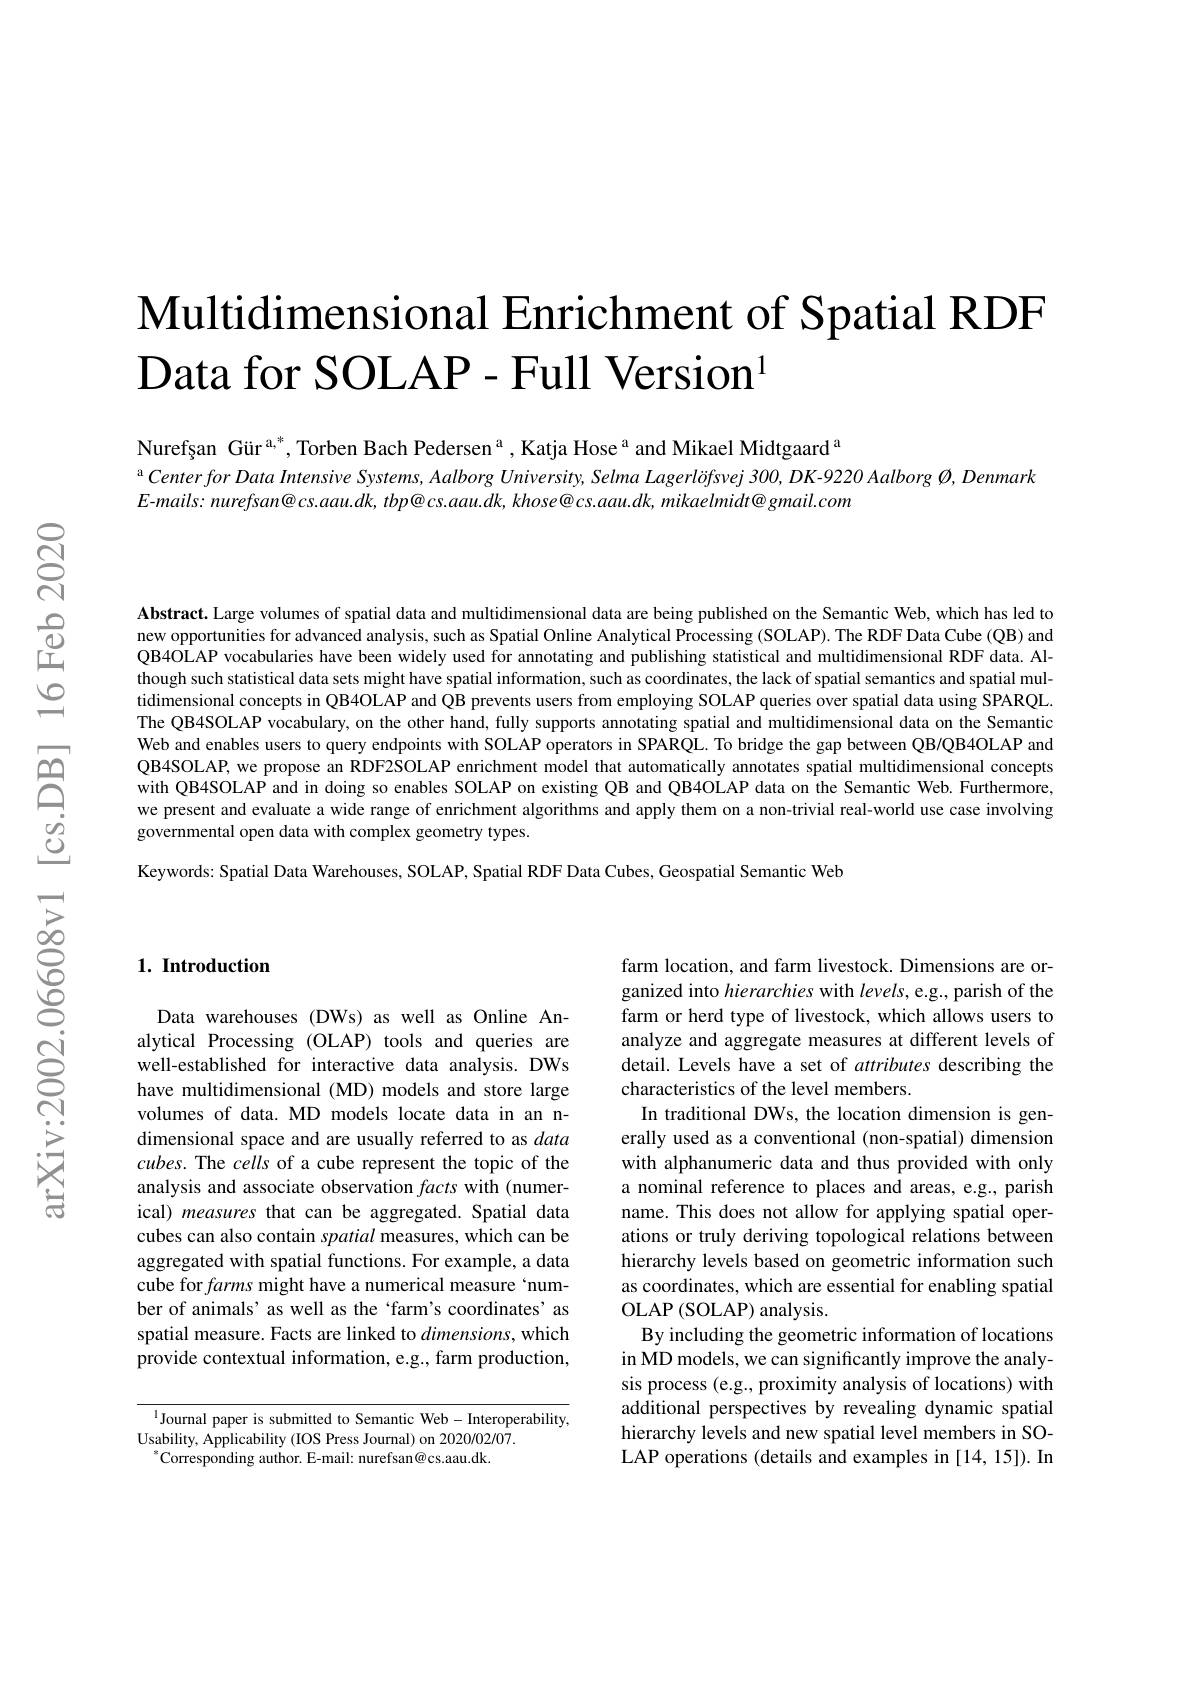
# $\textbf{Multidimensional Enrichment of Spatial RDF}$ $\texttt{Data for SOLAP - Full Version}^{1}$

Nurefșan Gür$^{\mathrm{a,*}}$,Torben Bach Pedersen$^{\mathrm{a}}$, Katja Hose$^{\mathrm{a}}$ and Mikael Midtgaard$^{\mathrm{a}}$
a Center for Data Intensive Systems, Aalborg University, Selma Lagerlöfsvej 300, DK-9220 Aalborg Ø, Denmark
$E$-mails: nurefsan@cs.aau.dk, tbp@cs.aau.dk, khose@cs.aau.dk, mikaelmidt@gmail.com

Abstract. Large volumes of spatial data and multidimensional data are being published on the Semantic Web, which has led to new opportunities for advanced analysis, such as Spatial Online Analytical Processing (SOLAP). The RDF Data Cube (QB) and QB4OLAP vocabularies have been widely used for annotating and publishing statistical and multidimensional RDF data. Although such statistical data sets might have spatial information, such as coordinates, the lack of spatial semantics and spatial multidimensional concepts in QB4OLAP and QB prevents users from employing SOLAP queries over spatial data using SPARQL The QB4SOLAP vocabulary, on the other hand, fully supports annotating spatial and multidimensional data on the Semantic Web and enables users to query endpoints with SOLAP operators in SPARQL. To bridge the gap between QB/QB4OLAP and QB4SOLAP, we propose an RDF2SOLAP enrichment model that automatically annotates spatial multidimensional concepts with QB4SOLAP and in doing so enables SOLAP on existing QB and QB4OLAP data on the Semantic Web. Furthermore we present and evaluate a wide range of enrichment algorithms and apply them on a non-trivial real-world use case involving governmental open data with complex geometry types.
Keywords: Spatial Data Warehouses, SOLAP, Spatial RDF Data Cubes, Geospatial Semantic Web

### 1. Introduction

Data warehouses (DWs) as well as Online Analytical Processing (OLAP) tools and queries are well-established for interactive data analysis. DWs have multidimensional (MD) models and store large volumes of data. MD models locate data in an ndimensional space and are usually referred to as data cubes. The cells of a cube represent the topic of the analysis and associate observation facts with (numerical) measures that can be aggregated. Spatial data cubes can also contain spatial measures, which can be aggregated with spatial functions. For example, a data cube for farms might have a numerical measure `number of animals' as well as the‘farm's coordinates’as spatial measure. Facts are linked to $dimensions$, which provide contextual information, e.g., farm production,

$^{1}$Journal paper is submitted to Semantic Web-Interoperability,
Usability, Applicability (IOS Press Journal) on 2020/02/07.
$^{*}$Corresponding author. E-mail: nurefsan@cs.aau.dk.

farm location, and farm livestock. Dimensions are organized into hierarchies with levels, e.g., parish of the farm or herd type of livestock, which allows users to analyze and aggregate measures at different levels of detail. Levels have a set of attributes describing the characteristics of the level members.
In traditional DWs, the location dimension is generally used as a conventional (non-spatial) dimension with alphanumeric data and thus provided with only a nominal reference to places and areas, e.g., parish name. This does not allow for applying spatial operations or truly deriving topological relations between hierarchy levels based on geometric information such as coordinates, which are essential for enabling spatial OLAP ( SOLAP) analysis.
By including the geometric information of locations in MD models, we can significantly improve the analysis process (e.g., proximity analysis of locations) with additional perspectives by revealing dynamic spatial hierarchy levels and new spatial level members in SOLAP operations (details and examples in [14,15]). In